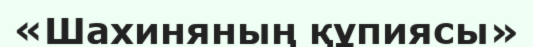
«Шахиняның құпиясы»